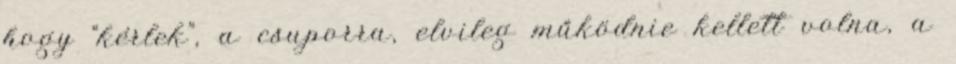
hogy “kérlek”, a csuporra, elvileg működnie kellett volna, a